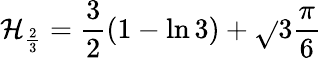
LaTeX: \mathcal{H}_{\frac{{2}}{{3}}}={\frac{{3}}{{2}}}(1-\ln{3})+{\sqrt{}{{3}}}{\frac{{\pi}}{{6}}}